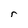
Character: r